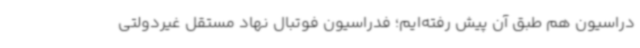
دراسیون هم طبق آن پیش رفته‌ایم؛ فدراسیون فوتبال نهاد مستقل غیردولتی